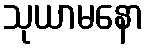
သုယာမနော